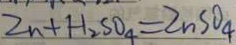
Z n + H _ { 2 } S O _ { 4 } = Z n S O _ { 4 }